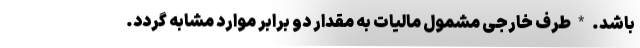
باشد. * طرف خارجی مشمول مالیات به مقدار دو برابر موارد مشابه گردد.